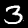
Digit: 3